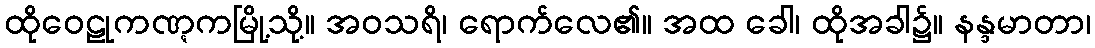
ထိုဝေဠုကဏ္ဋကမြို့သို့။ အဝသရိ၊ ရောက်လေ၏။ အထ ခေါ၊ ထိုအခါ၌။ နန္ဒမာတာ၊